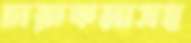
চারুকলাসহ